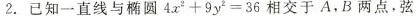
2. 已知一直线与椭圆$$4 x ^ { 2 } + 9 y ^ { 2 } = 3 6$$相交于A，B两点，弦